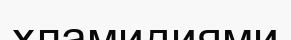
хламидиями